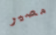
مصير